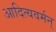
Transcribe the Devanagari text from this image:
आदित्यवर्मन्‌